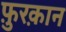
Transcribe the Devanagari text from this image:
फ़ुरक़ान